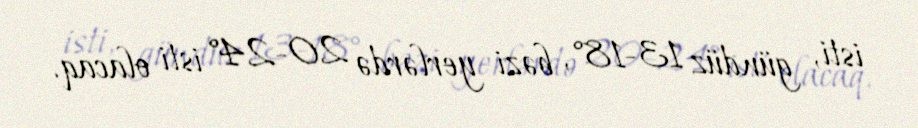
isti, gündüz 13-18°, bəzi yerlərdə 20-24° isti olacaq.